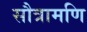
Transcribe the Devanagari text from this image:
सौत्रामणि